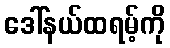
ဒေါ်နယ်ထရမ့်ကို